Indian journal of veterinary science and animal husbandry - Volume 8,
Year: 1938
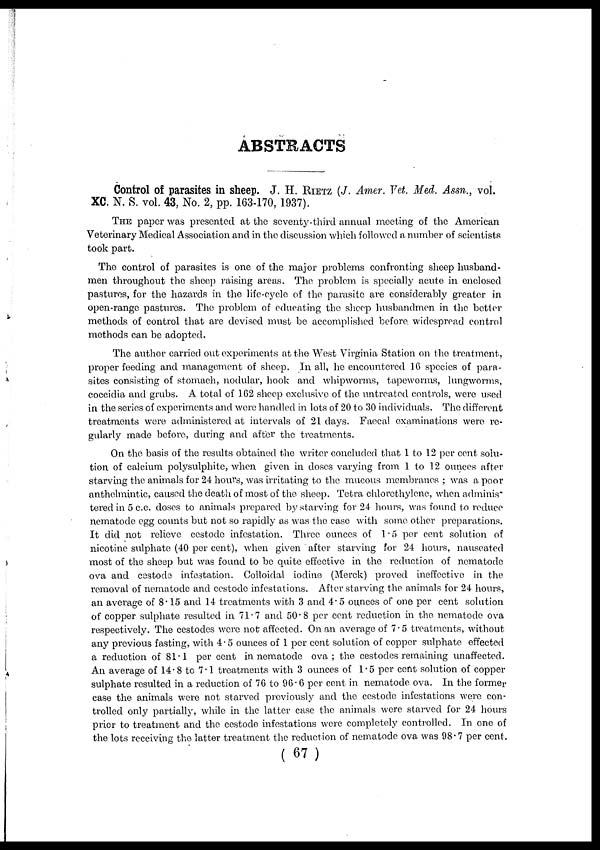
ABSTRACTS
Control of parasites in sheep. J. H. RIETZ (J. Amer. Vet. Med. Assn., vol.
XC. N. S. vol. 43, No. 2, pp. 163-170, 1937).
THE paper was presented at the seventy-third annual meeting of the American
Veterinary Medical Association and in the discussion which followed a number of scientists
took part.
The control of parasites is one of the major problems confronting sheep husband-
men throughout the sheep raising areas. The problem is specially acute in enclosed
pastures, for the hazards in the life-cycle of the parasite are considerably greater in
open-range pastures. The problem of educating the sheep husbandmen in the better
methods of control that are devised must be accomplished before, widespread control
methods can be adopted.
The author carried out experiments at the West Virginia Station on the treatment,
proper feeding and management of sheep. In all, he encountered 16 species of para-
sites consisting of stomach, nodular, hook and whipworms, tapeworms, lungworms,
coccidia and grubs. A total of 162 sheep exclusive of the untreated controls, were used
in the series of experiments and were handled in lots of 20 to 30 individuals. The different
treatments were administered at intervals of 21 days. Faecal examinations were re-
gularly made before, during and after the treatments.
On the basis of the results obtained the writer concluded that 1 to 12 per cent solu-
tion of calcium polysulphite, when given in doses varying from 1 to 12 ounces after
starving the animals for 24 hours, was irritating to the mucous membranes ; was a poor
anthelmintic, caused the death of most of the sheep. Tetra chlorethylene, when adminis¬
tered in 5 c.c. doses to animals prepared by starving for 24 hours, was found to reduce
nematode egg counts but not so rapidly as was the case with some other preparations.
It did not relieve cestode infestation. Three ounces of 1.5 per cent solution of
nicotine sulphate (40 per cent), when given after starving for 24 hours, nauseated
most of the sheep but was found to be quite effective in the reduction of nematode
ova and cestode infestation. Colloidal iodine (Merck) proved ineffective in the
removal of nematode and cestode infestations. After starving the animals for 24 hours,
an average of 8.15 and 14 treatments with 3 and 4.5 ounces of one per cent solution
of copper sulphate resulted in 71.7 and 50.8 per cent reduction in the nematode ova
respectively. The cestodes were not affected. On an average of 7.5 treatments, without
any previous fasting, with 4.5 ounces of 1 per cent solution of copper sulphate effected
a reduction of 81.1 per cent in nematode ova ; the cestodes remaining unaffected.
An average of 14.8 to 7.1 treatments with 3 ounces of 1.5 per cent solution of copper
sulphate resulted in a reduction of 76 to 96.6 per cent in nematode ova. In the former
case the animals were not starved previously and the cestode infestations were con-
trolled only partially, while in the latter case the animals were starved for 24 hours
prior to treatment and the cestode infestations were completely controlled. In one of
the lots receiving the latter treatment the reduction of nematode ova was 98.7 per cent.
( 67 )